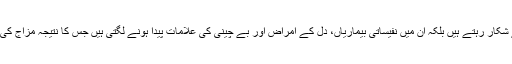
نیند کی خرابی کے باعث یہ افراد نہ صرف دن بھر تھکن کے شکار رہتے ہیں بلکہ ان میں نفیساتی بیماریاں، دل کے امراض اور بے چینی کی علامات پیدا ہونے لگتی ہیں جس کا نتیجہ مزاج کی تلخی اور لڑائی جھگڑے کی صورت میں بھی سامنے آتا ہے۔